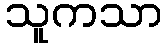
သူကသာ